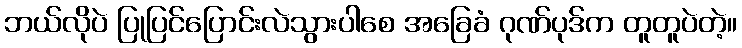
ဘယ်လိုပဲ ပြုပြင်ပြောင်းလဲသွားပါစေ အခြေခံ ဂုဏ်ပုဒ်က တူတူပဲတဲ့။